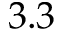
3 . 3